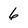
Character: 6